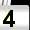
Digit: 4